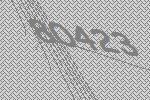
80423